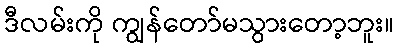
ဒီလမ်းကို ကျွန်တော်မသွားတော့ဘူး။